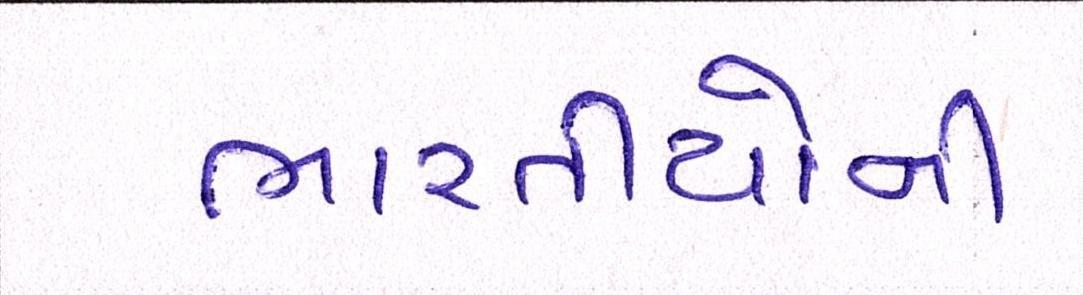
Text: ભારતીયોની